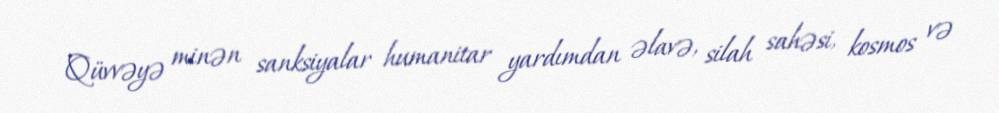
Qüvvəyə minən sanksiyalar humanitar yardımdan əlavə, silah sahəsi, kosmos və